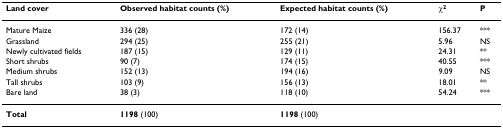
<table><thead><tr><td><b>Land cover</b></td><td><b>Observed habitat counts (%)</b></td><td><b>Expected habitat counts (%)</b></td><td><b>χ<sup>2</sup></b></td><td><b>P</b></td></tr></thead><tbody><tr><td>Mature Maize</td><td>336 (28)</td><td>172 (14)</td><td>156.37</td><td>***</td></tr><tr><td>Grassland</td><td>294 (25)</td><td>255 (21)</td><td>5.96</td><td>NS</td></tr><tr><td>Newly cultivated fields</td><td>187 (15)</td><td>129 (11)</td><td>24.31</td><td>**</td></tr><tr><td>Short shrubs</td><td>90 (7)</td><td>174 (15)</td><td>40.55</td><td>***</td></tr><tr><td>Medium shrubs</td><td>152 (13)</td><td>194 (16)</td><td>9.09</td><td>NS</td></tr><tr><td>Tall shrubs</td><td>103 (9)</td><td>156 (13)</td><td>18.01</td><td>**</td></tr><tr><td>Bare land</td><td>38 (3)</td><td>118 (10)</td><td>54.24</td><td>***</td></tr><tr><td><b>Total</b></td><td><b>1198 </b>(100)</td><td><b>1198 </b>(100)</td><td></td><td></td></tr></tbody></table>